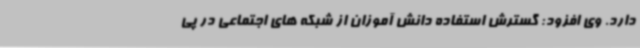
دارد. وی افزود: گسترش استفاده دانش آموزان از شبکه های اجتماعی در پی